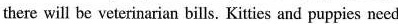
there will be veterinarian bills. Kitties and puppies need